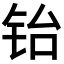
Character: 𬭀